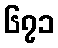
၆၇၁